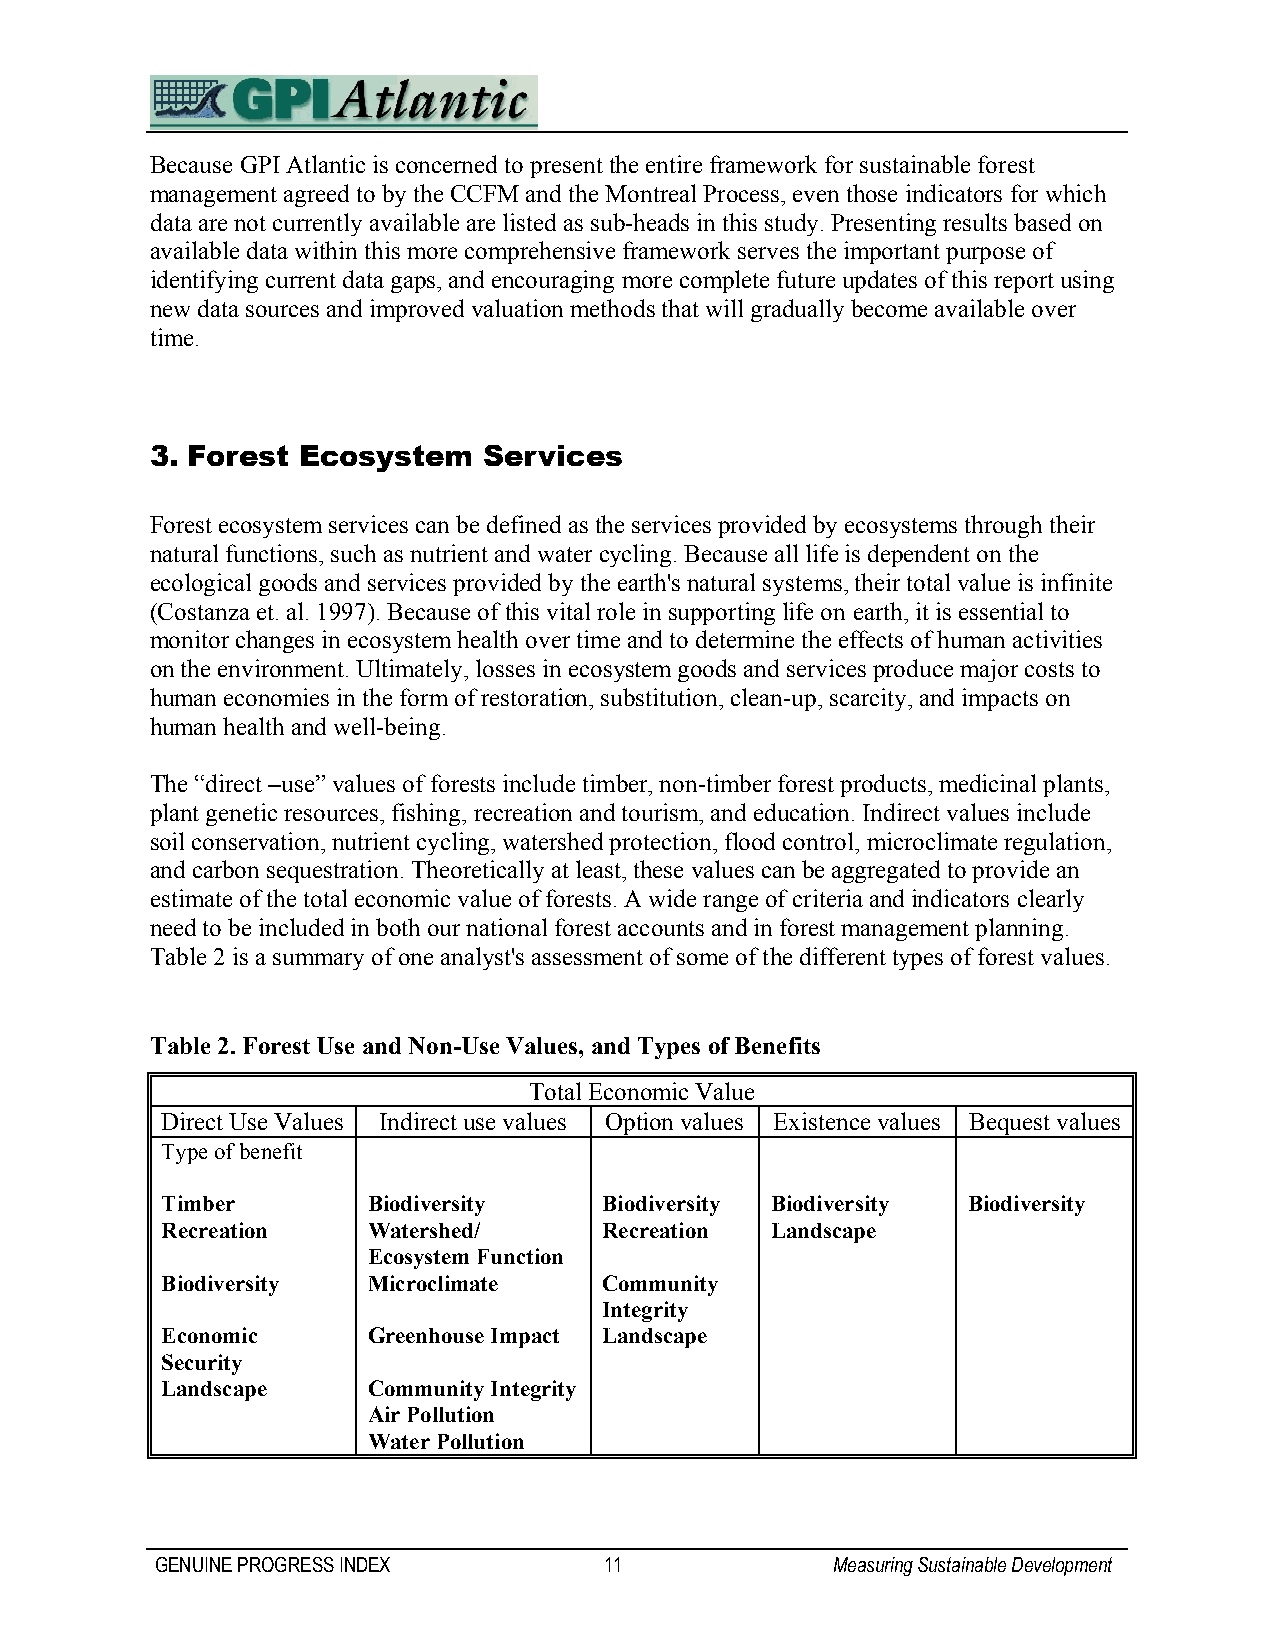
Because GPI Atlantic is concerned to present the entire framework for sustainable forest
 management agreed to by the CCFM and the Montreal Process, even those indicators for which
 data are not currently available are listed as sub-heads in this study. Presenting results based on
 available data within this more comprehensive framework serves the important purpose of
 identifying current data gaps, and encouraging more complete future updates of this report using
 new data sources and improved valuation methods that will gradually become available over
 time.
 3. Forest Ecosystem   Services
 Forest ecosystem services can be defined as the services provided by ecosystems through their
 natural functions, such as nutrient and water cycling. Because all life is dependent on the
 ecological goods and services provided by the earth's natural systems, their total value is infinite
 (Costanza et. al. 1997). Because of this vital role in supporting life on earth, it is essential to
 monitor changes in ecosystem health over time and to determine the effects of human activities
 on the environment. Ultimately, losses in ecosystem goods and services produce major costs to
 human economies in the form of restoration, substitution, clean-up, scarcity, and impacts on
 human health and well-being.
 The “direct –use” values of forests include timber, non-timber forest products, medicinal plants,
 plant genetic resources, fishing, recreation and tourism, and education. Indirect values include
 soil conservation, nutrient cycling, watershed protection, flood control, microclimate regulation,
 and carbon sequestration. Theoretically at least, these values can be aggregated to provide an
 estimate of the total economic value of forests. A wide range of criteria and indicators clearly
 need to be included in both our national forest accounts and in forest management planning.
 Table 2 is a summary of one analyst's assessment of some of the different types of forest values.
 Table 2. Forest Use and Non-Use Values, and Types of Benefits
 Total Economic Value
 Direct Use Values Indirect use values Option values Existence values Bequest values
 Type of benefit
 Timber       Biodiversity    Biodiversity Biodiversity Biodiversity
 Recreation   Watershed/      Recreation Landscape
 Ecosystem Function
 Biodiversity Microclimate    Community
 Integrity
 Economic     Greenhouse Impact Landscape
 Security
 Landscape    Community Integrity
 Air Pollution
 Water Pollution
 GENUINE PROGRESS INDEX        11             Measuring Sustainable Development